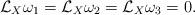
LaTeX: \begin{align*}\mathcal{L}_X\omega_1 = \mathcal{L}_X\omega_2 = \mathcal{L}_X\omega_3 = 0 \mathrlap{.}\end{align*}